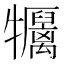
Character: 𤜏